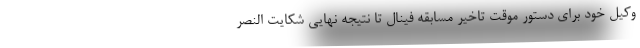
وکیل خود برای دستور موقت تاخیر مسابقه فینال تا نتیجه نهایی شکایت النصر